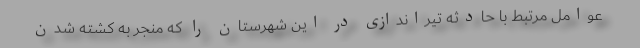
عوامل مرتبط با حادثه تیراندازی در این شهرستان را که منجر به کشته شدن